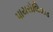
પાયરોલિઝડ